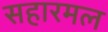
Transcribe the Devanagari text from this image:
सहारमल